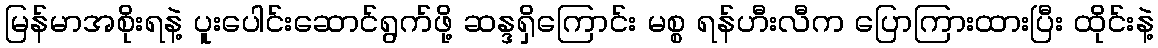
မြန်မာအစိုးရနဲ့ ပူးပေါင်းဆောင်ရွက်ဖို့ ဆန္ဒရှိကြောင်း မစ္စ ရန်ဟီးလီက ပြောကြားထားပြီး ထိုင်းနဲ့